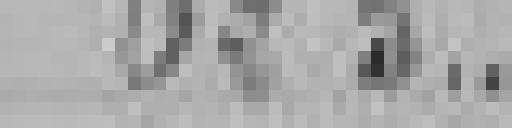
625